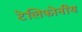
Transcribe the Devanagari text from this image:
टेलिफोनीय